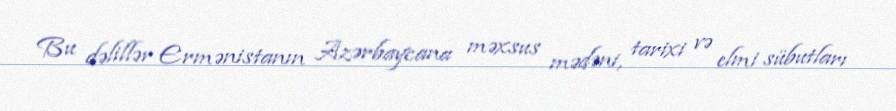
Bu dəlillər Ermənistanın Azərbaycana məxsus mədəni, tarixi və elmi sübutları